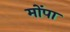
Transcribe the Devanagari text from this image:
मोंपा